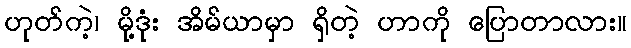
ဟုတ်ကဲ့၊ မို့ဒုံး အိမ်ယာမှာ ရှိတဲ့ ဟာကို ပြောတာလား။